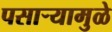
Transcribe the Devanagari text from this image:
पसार्‍यामुळे